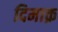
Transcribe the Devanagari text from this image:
दिमाक़